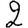
Digit: 2